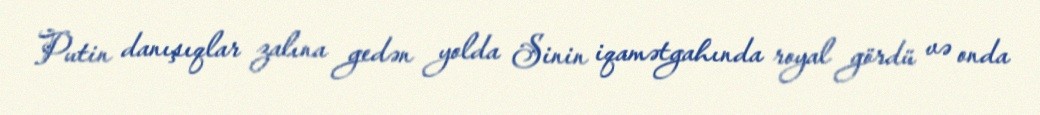
Putin danışıqlar zalına gedən yolda Sinin iqamətgahında royal gördü və onda